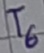
Text: T6